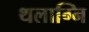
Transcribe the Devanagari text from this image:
थलाग्नि